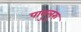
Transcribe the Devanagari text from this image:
पावुलूरु